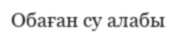
Обаған су алабы